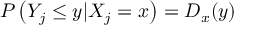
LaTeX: P \left( Y _ { j } \leq y | X _ { j } = x \right) = D _ { x } ( y )